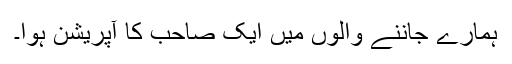
ہمارے جاننے والوں میں ایک صاحب کا آپریشن ہوا۔